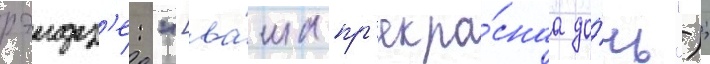
рэидз'е: "[ва́ша пр'екра́снаа до́чь");